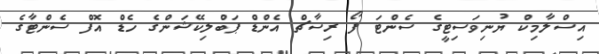
އިސްލާމިކް ޔުނިވަސިޓީގެ ސެންޓަ ފޯ ރިސާޗް އެންޑް ޕަބްލިކޭޝަންގެ ހެޑް އޮފް ސެންޓާގެ